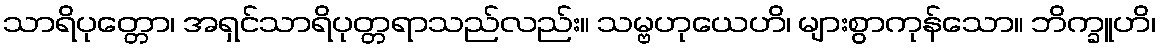
သာရိပုတ္တော၊ အရှင်သာရိပုတ္တရာသည်လည်း။ သမ္ဗဟုယေဟိ၊ များစွာကုန်သော။ ဘိက္ခူဟိ၊